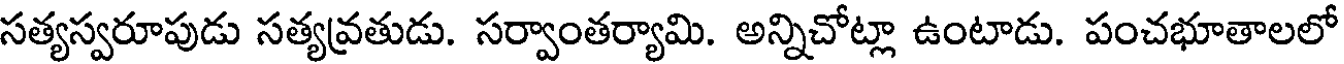
సత్యస్వరూపుడు సత్యవ్రతుడు. సర్వాంతర్యామి. అన్నిచోట్లా ఉంటాడు. పంచభూతాలలో